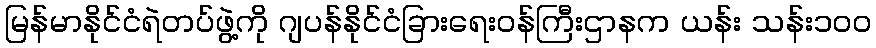
မြန်မာနိုင်ငံရဲတပ်ဖွဲ့ကို ဂျပန်နိုင်ငံခြားရေးဝန်ကြီးဌာနက ယန်း သန်း၁၀၀